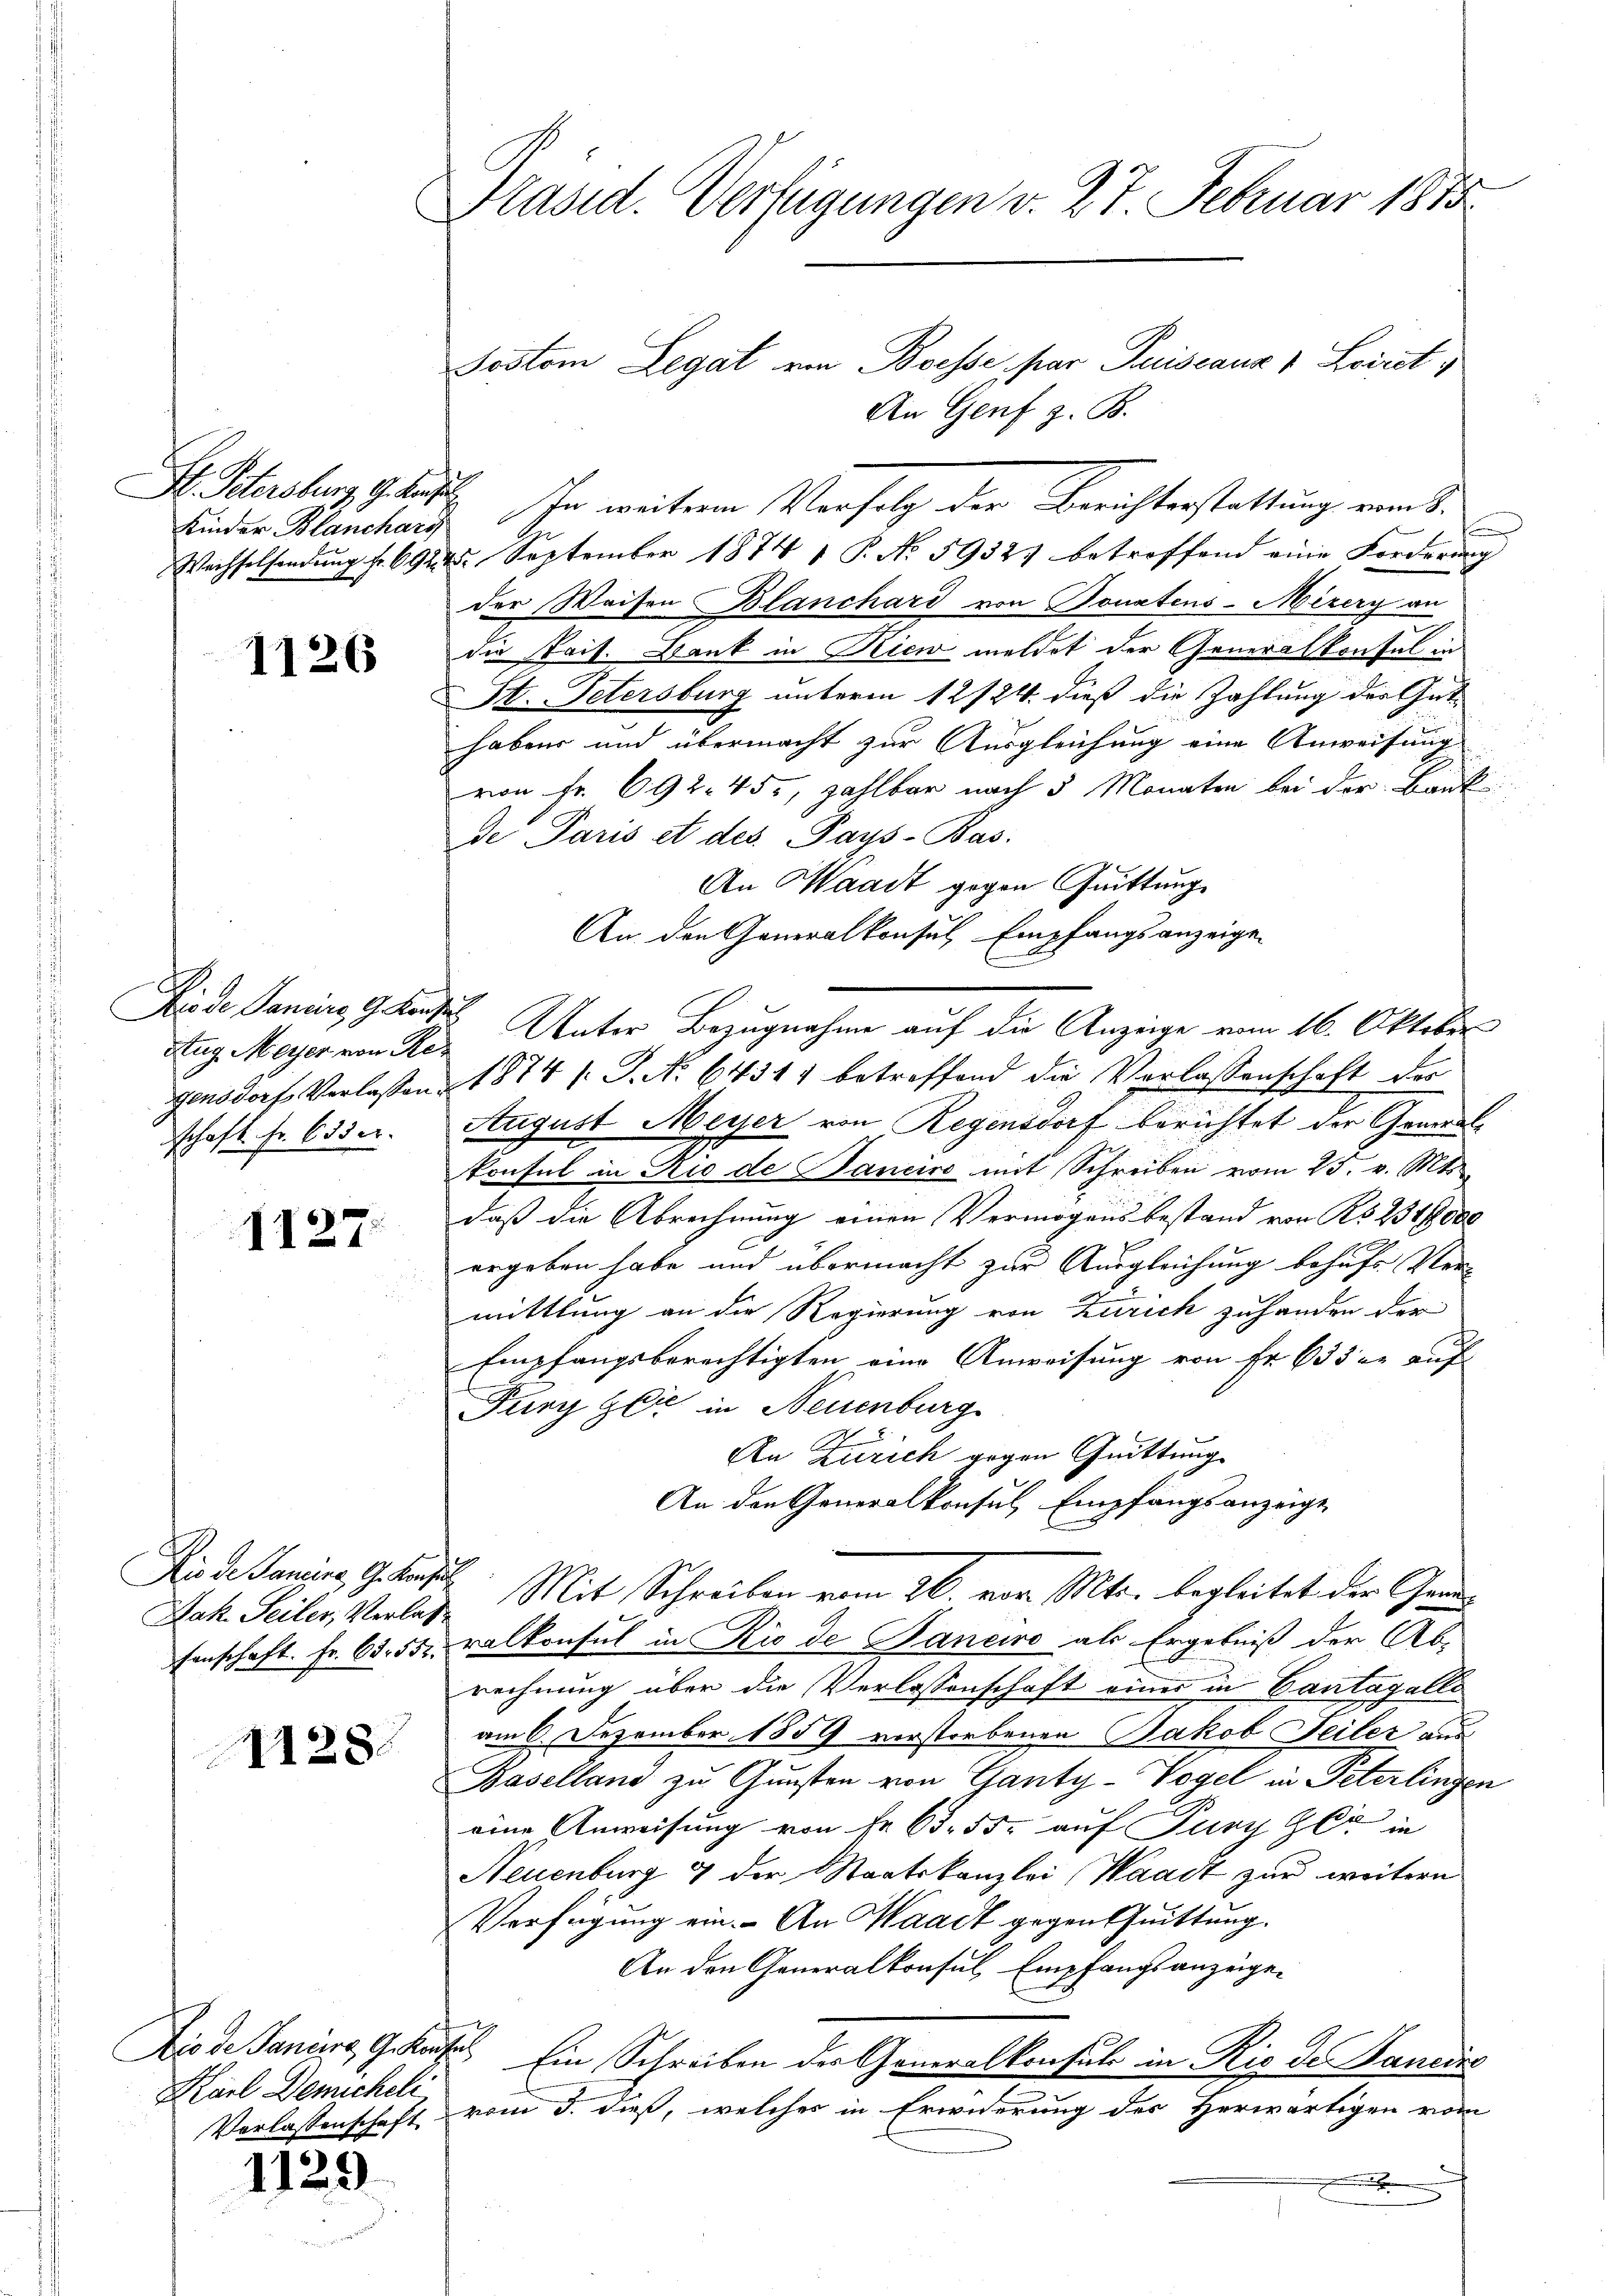
Hr. Petersburg, G. Kanz
Kinder Blanchari
Wachselsendung fr. 692. 4

1126

Die de Janeiro 9 Kaufe
Zug. Meyer von Re
gensdorf Verlassen.
Schaft Fr. 633 er

1127

Dis de Pancina, G. Konsul
Jak. Seiler, Verlass
senschaft. Fr. 65. 552.

1128.

Dis de Janurg, G. Kön
Karl Demichel
Verlassenschaft

1125

Präsid. Verfügungen v. 27 Februar 1875

Soston Legat von Boesse, par Puissanr v Loiret,
An Genf z. B.
I. In weiterem Vorfolg der Berichterstattung eint.
5 September 1874 1 P. No 59327 betreffend eine Forderung
der Waisen Blanchard von Bonatens-Mizery an
die Kais. Dank in Niew meldet der Generalkonsul in
St. Petersburg unterm 12/24. dieß die Zahlung der Gut-
haben und übermacht zur Ausgleichung eine Anweisung
von Fr. 692. 450, zahlbar nach 5 Monaten bei der Bauk
de Paris et des Pays-Bas.
An Waadt gegen Quittung
An den Generalkonsul, Empfangsanzeige
Unter Bezugnahme auf die Anzeige vom 16. Oktober
1874 f. P. No 6431) betreffend die Verlassenschaft des
August Meyer von Regensdorf berichtet der Generalkonsul in Trio de Janeiro mit Schreiben vom 25. v. Mts.
daß die Abrechnung einen Vermögensbestand von No 231000
ergeben habe und übermacht zur Ausgleichung behufs Ver-
mittlung an die Regierung von Zürich zuhanden der
Empfangsberechtigten eine Anweisung von Fr. 633 er auf
Fury Gli in Neuenburg
An Zürich gegen Guittung
An den Generalkonsul, Empfangsanzeigt
Mit Schreiben vom 26. vor. Mts. begleitet der Grund
ralkonsul in Rio de Janeiro als Ergebniß der Ab-
rechnung über die Verlassenschaft einer in Cantagalle
am 6. Dezember 1859 verstorbenen Jakob Teiler aus
Baselland zu Gunsten von Ganty-Vogel in Peterlingen
eine Anweisung von Fr. 65. 55. auf Pury er in
Neuenburg 7 der Staatskanzlei (Waadt zur weitern
Verfügung ein. An Waadt gegen Quittung.
An den Generalkonsul Empfangsanzeige¬
u. Ein Schreiben der Generalkonsuls in Rio de Haneiro
vom 3. dieß, welches in Erwiderung des Herwärtigen vom